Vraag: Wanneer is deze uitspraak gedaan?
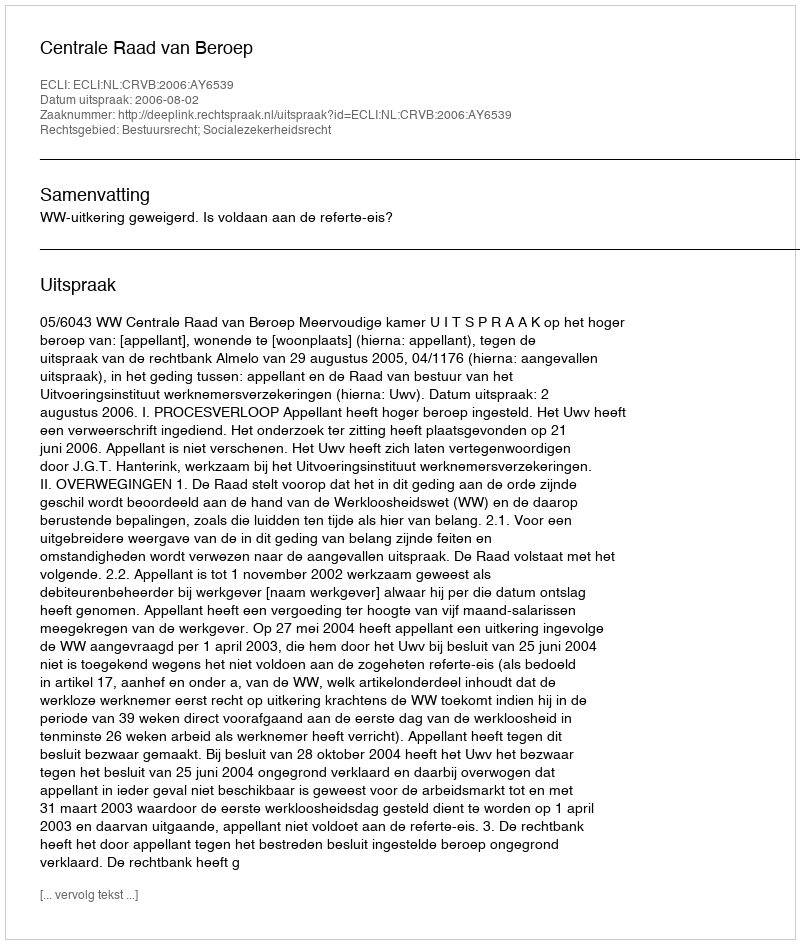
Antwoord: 2006-08-02